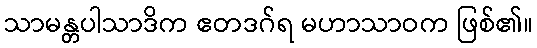
သာမန္တပါသာဒိက ဧတဒဂ်ရ မဟာသာဝက ဖြစ်၏။